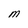
Character: M